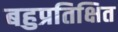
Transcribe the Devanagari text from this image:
बहुप्रतिक्षित